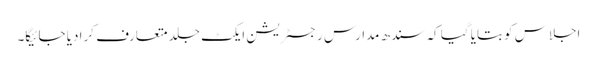
اجلاس کو بتایا گیا کہ سندھ مدارس رجسٹریشن ایکٹ جلد متعارف کرا دیا جائیگا۔